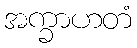
အက္ခာဟတံ